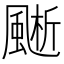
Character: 𩗱